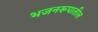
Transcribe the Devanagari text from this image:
भजनरूपातील